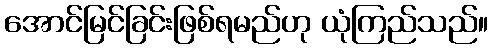
အောင်မြင်ခြင်းဖြစ်ရမည်ဟု ယုံကြည်သည်။